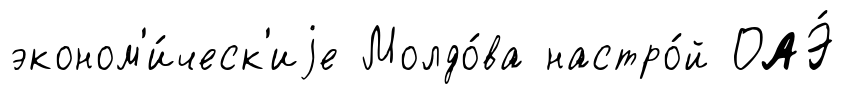
эконом'и́ческ'иjе Молдо́ва настро́й ОАЭ́